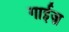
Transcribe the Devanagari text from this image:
गाईज़